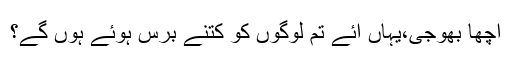
اچھا بھوجی،یہاں آئے تم لوگوں کو کتنے برس ہوئے ہوں گے؟